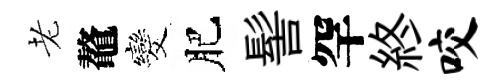
老鼇发肥髻罕終咬